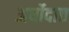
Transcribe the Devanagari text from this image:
अर्धोदात्त